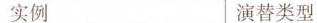
实例 演替类型